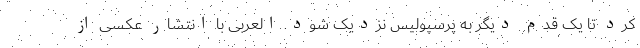
کرد تا یک قدم دیگر به پرسپولیس نزدیک شود. العربی با انتشار عکسی از